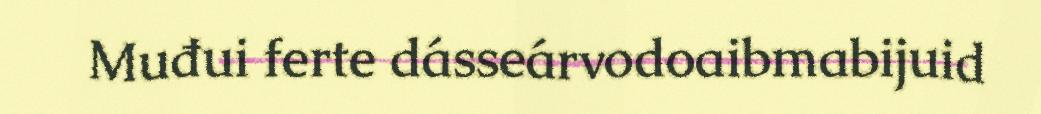
Muđui ferte dásseárvodoaibmabijuid